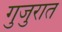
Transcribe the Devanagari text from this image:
गुजुरात